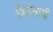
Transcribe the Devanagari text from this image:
विठोबासी